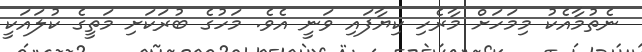
ނެތުމާއެކު މިމަހަށް މާރެހި ކިޔާފައި ވަނީ އެވެ. މަހުގެ ބުރަކަށި މަތީގެ ކުލައަކީ